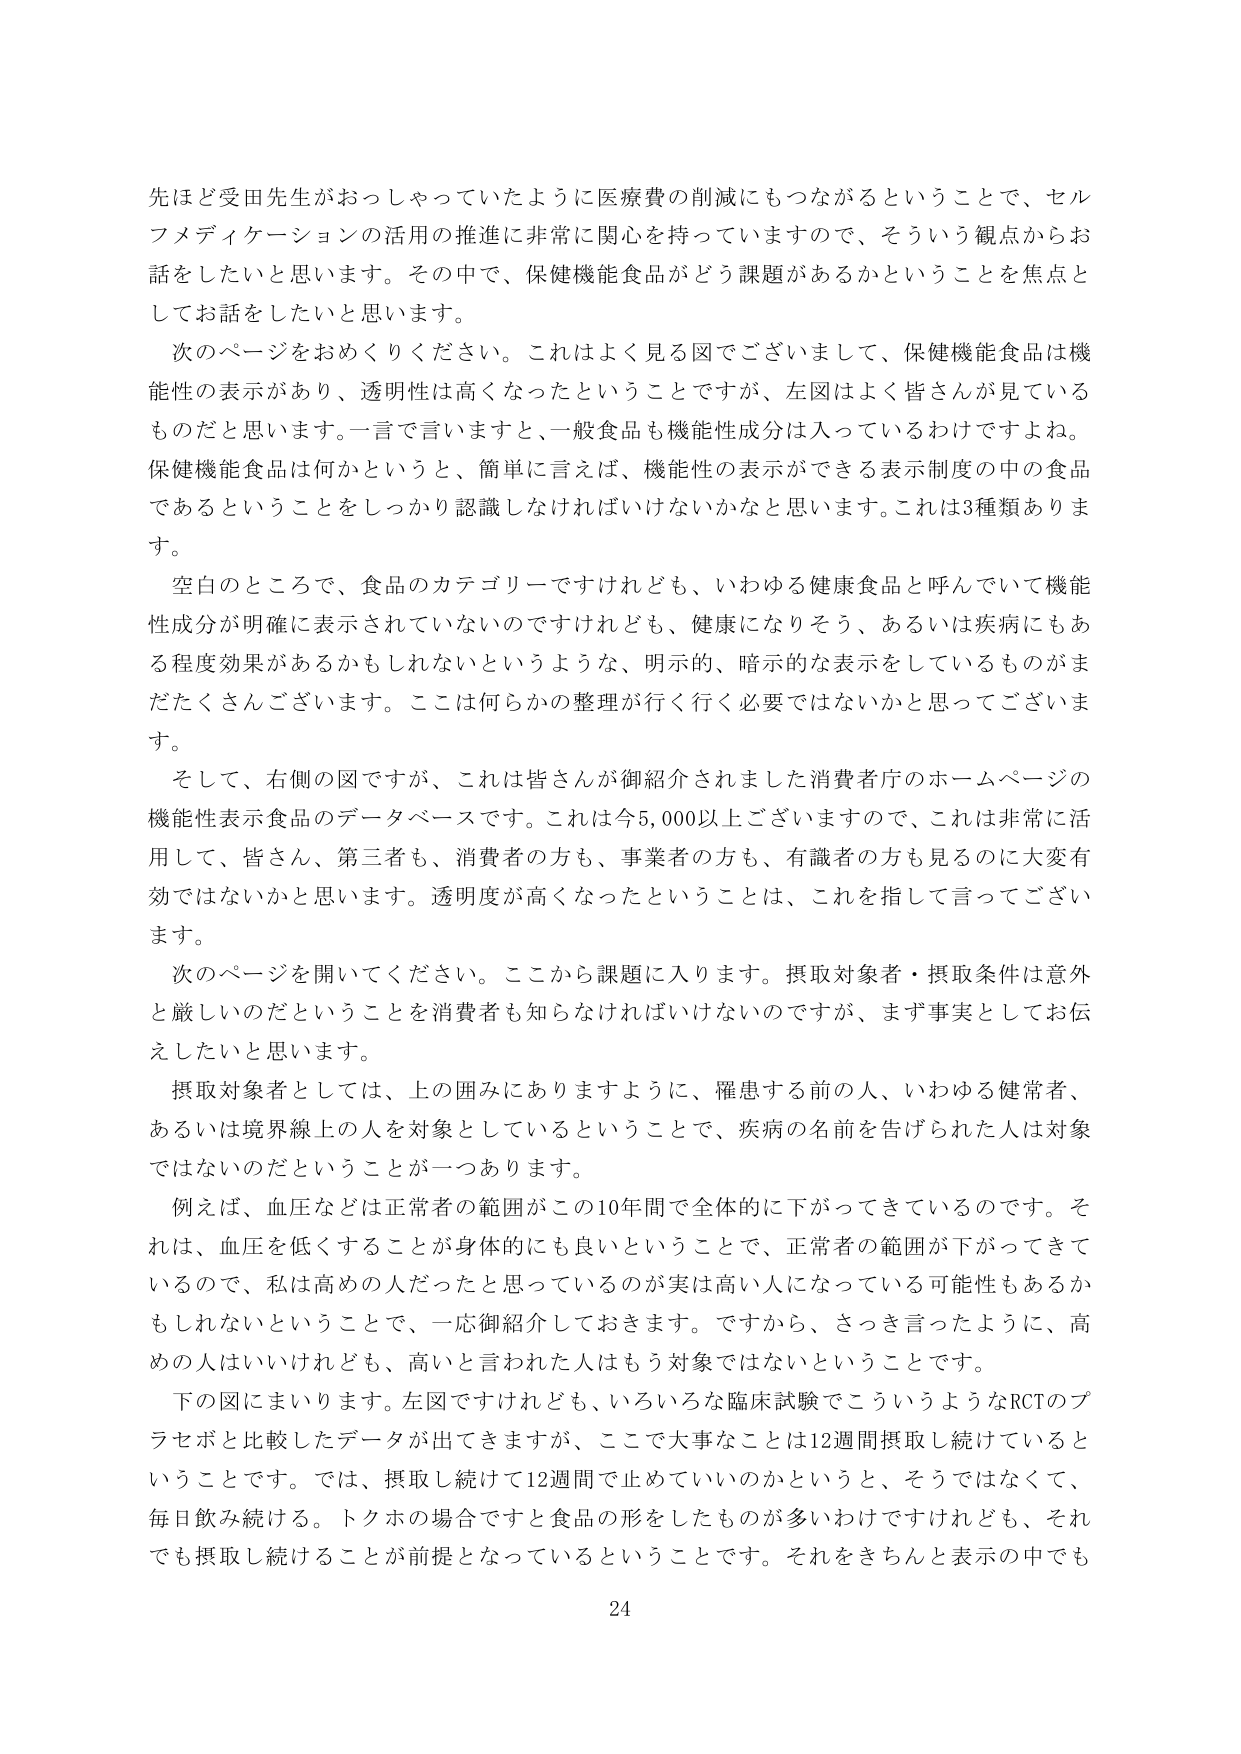
先ほど受田先生がおっしゃっていたように医療費の削減にもつながるということで、セルフメディケーションの活用の推進に非常に関心を持っていますので、そういう観点からお話をしたいと思います。その中で、保健機能食品がどう課題があるかということを焦点としてお話をしたいと思います。

次のページをおめくりください。これはよく見る図でございまして、保健機能食品は機能性の表示があり、透明性は高くなったということですが、左図はよく皆さんが見ているものだと思います。一言で言いますと、一般食品も機能性成分は入っているわけですよね。保健機能食品は何かというと、簡単に言えば、機能性の表示ができる表示制度の中の食品であるということをしっかり認識しなければいけないかなと思います。これは3種類あります。

空白のところでは、食品のカテゴリーですけれども、いわゆる健康食品と呼んでいて機能性成分が明確に表示されていないのですけれども、健康になりそう、あるいは疾病にもある程度効果があるかもしれないというような、明示的、暗示的な表示をしているものがまだたくさんございます。ここは何らかの整理が行く行く必要ではないかと思ってございます。

そして、右側の図ですが、これは皆さんが御紹介されました消費者庁のホームページの機能性表示食品のデータベースです。これは今5,000以上ございますので、これは非常に活用して、皆さん、第三者も、消費者の方も、事業者の方も、有識者の方も見るのに大変有効ではないかと思います。透明度が高くなったということは、これを指して言ってございます。

次のページを開いてください。ここから課題に入ります。摂取対象者・摂取条件は意外と厳しいのだということを消費者も知らなければいけないのですが、まず事実としてお伝えしたいと思います。

摂取対象者としては、上の囲みにありますように、罹患する前の人、いわゆる健常者、あるいは境界線上の人を対象としているということで、疾病の名前を告げられた人は対象ではないのだということが一つあります。

例えば、血圧などは正常者の範囲がこの10年間で全体的に下がってきているのです。それは、血圧を低くすることが身体的にも良いということで、正常者の範囲が下がってきているので、私は高めの人だったと思っているのが実は高い人になっている可能性もあるかもしれないということで、一応御紹介しておきます。ですから、さっき言ったように、高めの人はいいけれども、高いと言われた人はもう対象ではないということです。

下の図にまいります。左図ですけれども、いろいろな臨床試験でこういうようなRCTのプラセボと比較したデータが出てきますが、ここで大事なことは12週間摂取し続けているということです。では、摂取し続けて12週間で止めていいのかというと、そうではなくて、毎日飲み続ける。トクホの場合ですと食品の形をしたものが多いわけですが、それでも摂取し続けることが前提となっているということです。それをきちんと表示の中でも

24